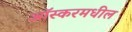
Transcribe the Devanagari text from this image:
आॅस्करमधील